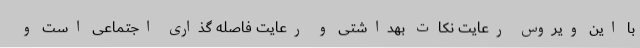
با این ویروس رعایت نکات بهداشتی و رعایت فاصله گذاری اجتماعی است و